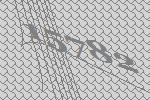
15782